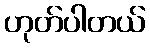
ဟုတ်ပါတယ်